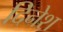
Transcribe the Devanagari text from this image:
दिनेश